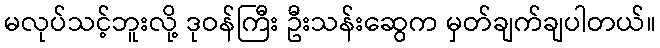
မလုပ်သင့်ဘူးလို့ ဒုဝန်ကြီး ဦးသန်းဆွေက မှတ်ချက်ချပါတယ်။